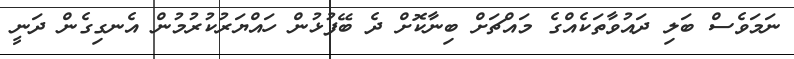
ނަމަވެސް ބަލި ދައުވާތަކެެއްގެ މައްޗަށް ބިނާކޮށް ދެ ބޭފުޅުން ހައްޔަރުކުރުމުން އެނގިގެން ދަނީ